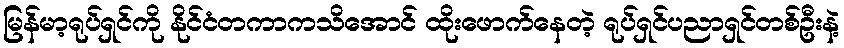
မြန်မာ့ရုပ်ရှင်ကို နိုင်ငံတကာကသိအောင် ထိုးဖောက်နေတဲ့ ရုပ်ရှင်ပညာရှင်တစ်ဦးနဲ့